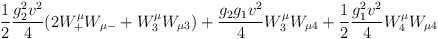
\begin{align*}\frac 12 {g_2 ^2 v^2 \over 4} (2 W^\mu_+ W_{\mu -} + W^\mu_3 W_{\mu 3})+ {g_2 g_1 v^2 \over 4} W^\mu _3 W _{\mu4} +\frac 12 {g_1 ^2 v^2 \over 4} W^\mu_4 W _{\mu 4}\end{align*}